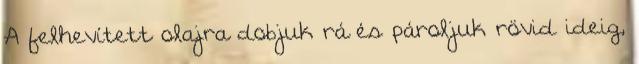
A felhevített olajra dobjuk rá és pároljuk rövid ideig,